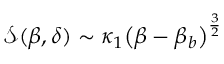
\begin{array} { r } { \mathcal { S } ( \beta , \delta ) \sim \kappa _ { 1 } { \left( { \beta - { \beta _ { b } } } \right) ^ { \frac { 3 } { 2 } } } } \end{array}